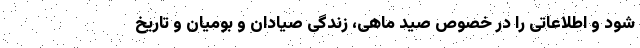
شود و اطلاعاتی را در خصوص صید ماهی، زندگی صیادان و بومیان و تاریخ